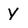
Character: y